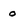
Character: 0